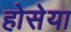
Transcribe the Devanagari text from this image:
होसेया